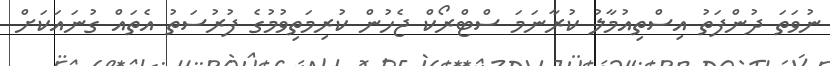
ނުވަތަ ދުންފަތު އިސްތިއުމާލު ކުރާނަމަ ސްޓްރޯކް ޖެހުން ކުރިމަތިވުމުގެ ފުރުސަތު އެތައް ގުނައަކަށް